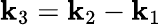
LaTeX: {\mathbf k}_{3}={\mathbf k}_{2}-{\mathbf k}_{1}